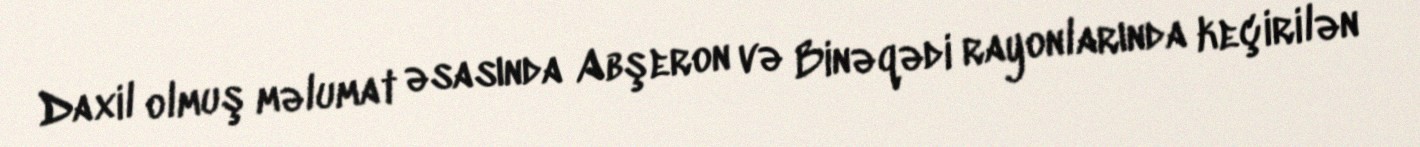
Daxil olmuş məlumat əsasında Abşeron və Binəqədi rayonlarında keçirilən